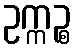
ဥက္ကဉ္စ